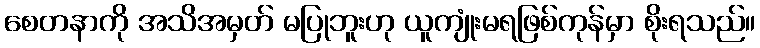
စေတနာကို အသိအမှတ် မပြုဘူးဟု ယူကျုံးမရဖြစ်ကုန်မှာ စိုးရသည်။